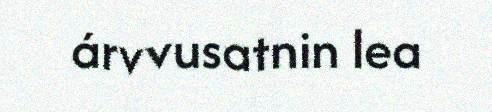
árvvusatnin lea